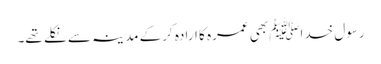
رسول خداﷺ بھی عمرہ کا ارادہ کرکے مدینہ سے نکلے تھے۔